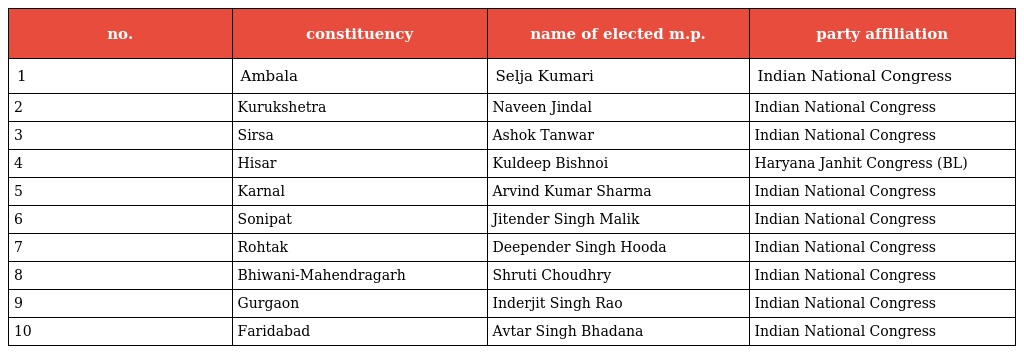
| no. | constituency | name of elected m.p. | party affiliation |
 | --- | --- | --- | --- |
 | 1 | Ambala | Selja Kumari | Indian National Congress |
 | 2 | Kurukshetra | Naveen Jindal | Indian National Congress |
 | 3 | Sirsa | Ashok Tanwar | Indian National Congress |
 | 4 | Hisar | Kuldeep Bishnoi | Haryana Janhit Congress (BL) |
 | 5 | Karnal | Arvind Kumar Sharma | Indian National Congress |
 | 6 | Sonipat | Jitender Singh Malik | Indian National Congress |
 | 7 | Rohtak | Deepender Singh Hooda | Indian National Congress |
 | 8 | Bhiwani-Mahendragarh | Shruti Choudhry | Indian National Congress |
 | 9 | Gurgaon | Inderjit Singh Rao | Indian National Congress |
 | 10 | Faridabad | Avtar Singh Bhadana | Indian National Congress |